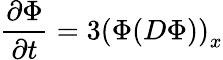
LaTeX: {\frac{\partial\Phi}{\partial t}}=3\left(\Phi(D\Phi)\right)_{x}